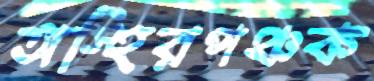
অস্হিরপঞ্চক